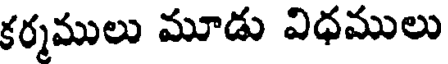
కర్మములు మూడు విధములు